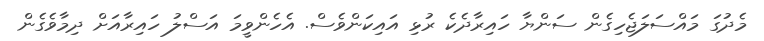
މެދުގަ މައްސަލަޖެހިގެން ސަންޔާ ހައިރާދެކެ ރުޅި އައިކަންވެސް. އެހެންވީމަ އަސްލު ހައިރާއަށް ދިމާވެގެން